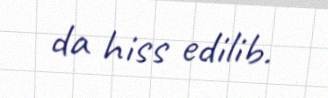
da hiss edilib.